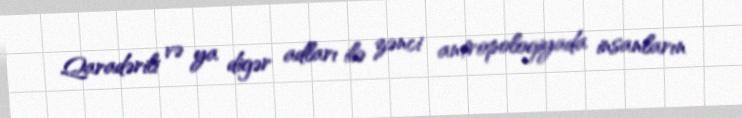
Qaradərili və ya digər adları ilə zənci antropologiyada insanların